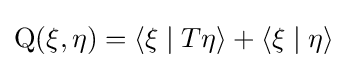
\operatorname {Q} (\xi ,\eta )=\langle \xi \mid T\eta \rangle +\langle \xi \mid \eta \rangle